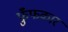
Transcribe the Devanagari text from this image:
फुँफकार